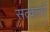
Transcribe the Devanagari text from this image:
सत्कर्ता